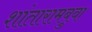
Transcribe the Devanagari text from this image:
शांतारामबुवा